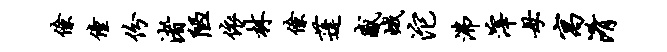
僚僮份渚陋依林僚蓬感峨沱沸滓母寓淆